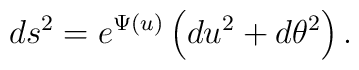
ds^2=e^{\Psi(u)}\left(du^2+d\theta^2\right).